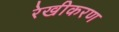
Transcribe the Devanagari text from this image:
रेखीकरण